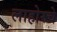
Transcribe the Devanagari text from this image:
लाहोरचे